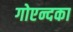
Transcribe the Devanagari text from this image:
गोएन्दका